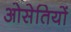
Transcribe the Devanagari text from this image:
ओसेतियों